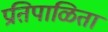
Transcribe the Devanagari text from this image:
प्रतिपाळिता